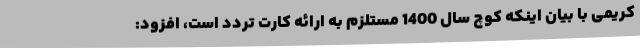
کریمی با بیان اینکه کوچ سال 1400 مستلزم به ارائه کارت تردد است، افزود: